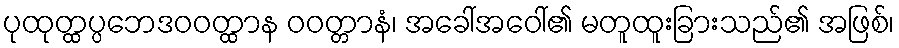
ပုထုတ္ထပ္ပဘေဒဝဝတ္ထာန ဝဝတ္တာနံ၊ အခေါ်အဝေါ်၏ မတူထူးခြားသည်၏ အဖြစ်၊